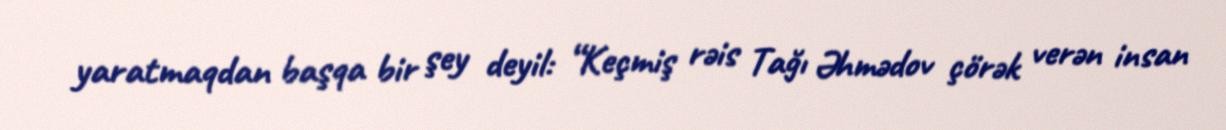
yaratmaqdan başqa bir şey deyil: “Keçmiş rəis Tağı Əhmədov çörək verən insan